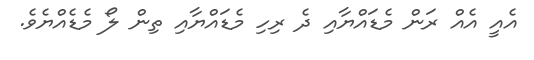
އެއީ އެއް ރަން މެޑައްޔާއި ދެ ރިހި މެޑައްޔާއި ތިން ލޯ މެޑެއްޔެވެ.